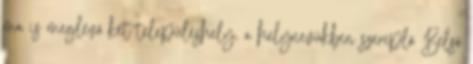
ma is meglévő két településhely, a helynevükben szereplő Belső